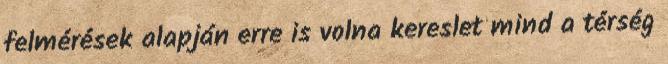
felmérések alapján erre is volna kereslet mind a térség